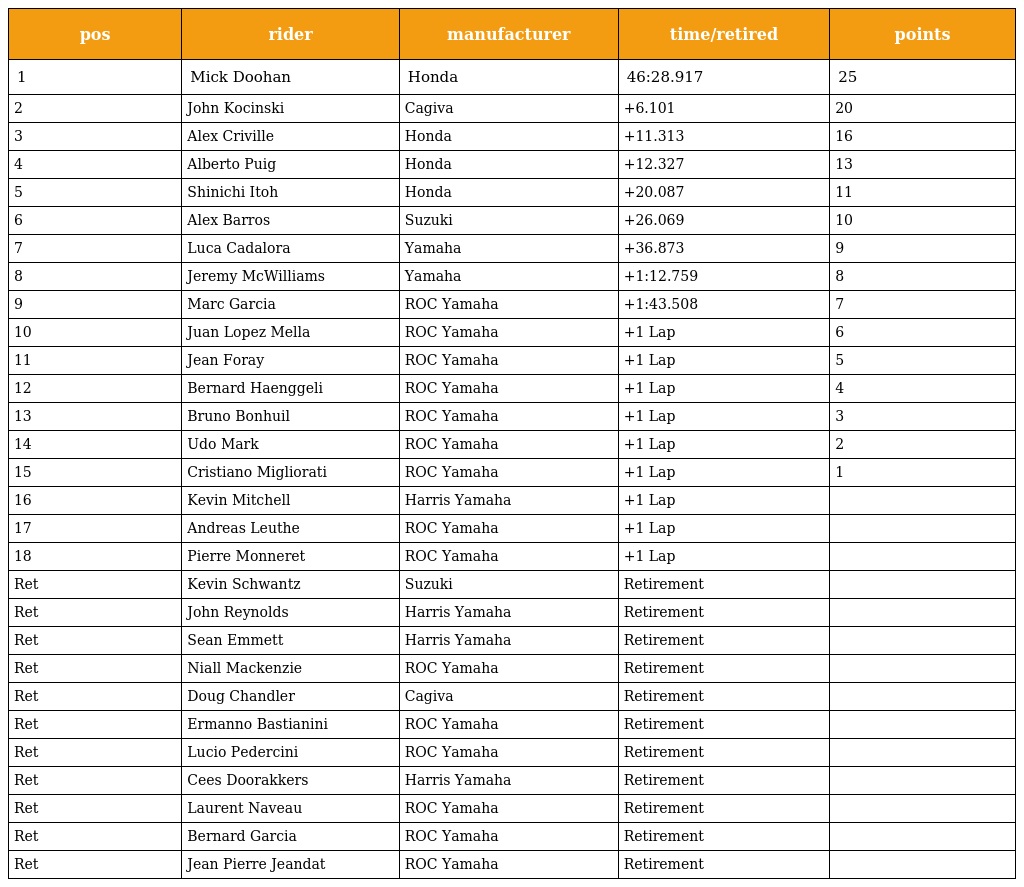
| pos | rider | manufacturer | time/retired | points |
 | --- | --- | --- | --- | --- |
 | 1 | Mick Doohan | Honda | 46:28.917 | 25 |
 | 2 | John Kocinski | Cagiva | +6.101 | 20 |
 | 3 | Alex Criville | Honda | +11.313 | 16 |
 | 4 | Alberto Puig | Honda | +12.327 | 13 |
 | 5 | Shinichi Itoh | Honda | +20.087 | 11 |
 | 6 | Alex Barros | Suzuki | +26.069 | 10 |
 | 7 | Luca Cadalora | Yamaha | +36.873 | 9 |
 | 8 | Jeremy McWilliams | Yamaha | +1:12.759 | 8 |
 | 9 | Marc Garcia | ROC Yamaha | +1:43.508 | 7 |
 | 10 | Juan Lopez Mella | ROC Yamaha | +1 Lap | 6 |
 | 11 | Jean Foray | ROC Yamaha | +1 Lap | 5 |
 | 12 | Bernard Haenggeli | ROC Yamaha | +1 Lap | 4 |
 | 13 | Bruno Bonhuil | ROC Yamaha | +1 Lap | 3 |
 | 14 | Udo Mark | ROC Yamaha | +1 Lap | 2 |
 | 15 | Cristiano Migliorati | ROC Yamaha | +1 Lap | 1 |
 | 16 | Kevin Mitchell | Harris Yamaha | +1 Lap |  |
 | 17 | Andreas Leuthe | ROC Yamaha | +1 Lap |  |
 | 18 | Pierre Monneret | ROC Yamaha | +1 Lap |  |
 | Ret | Kevin Schwantz | Suzuki | Retirement |  |
 | Ret | John Reynolds | Harris Yamaha | Retirement |  |
 | Ret | Sean Emmett | Harris Yamaha | Retirement |  |
 | Ret | Niall Mackenzie | ROC Yamaha | Retirement |  |
 | Ret | Doug Chandler | Cagiva | Retirement |  |
 | Ret | Ermanno Bastianini | ROC Yamaha | Retirement |  |
 | Ret | Lucio Pedercini | ROC Yamaha | Retirement |  |
 | Ret | Cees Doorakkers | Harris Yamaha | Retirement |  |
 | Ret | Laurent Naveau | ROC Yamaha | Retirement |  |
 | Ret | Bernard Garcia | ROC Yamaha | Retirement |  |
 | Ret | Jean Pierre Jeandat | ROC Yamaha | Retirement |  |